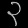
Digit: ၃